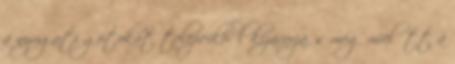
a nyugati gótokat telepeikből kizavarja, s még mielőtt a